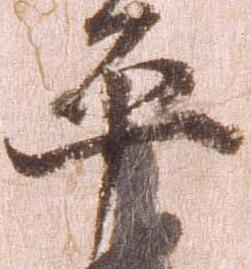
平